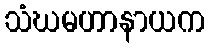
သံဃမဟာနာယက